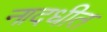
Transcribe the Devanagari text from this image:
नादधीत